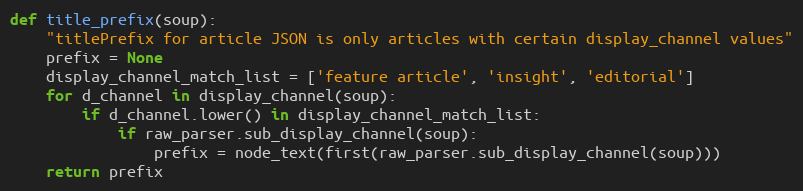
Language: Python
def title_prefix(soup):
    "titlePrefix for article JSON is only articles with certain display_channel values"
    prefix = None
    display_channel_match_list = ['feature article', 'insight', 'editorial']
    for d_channel in display_channel(soup):
        if d_channel.lower() in display_channel_match_list:
            if raw_parser.sub_display_channel(soup):
                prefix = node_text(first(raw_parser.sub_display_channel(soup)))
    return prefix